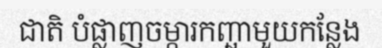
ជាតិ បំផ្លាញចម្ការកញ្ឆាមួយកន្លែង